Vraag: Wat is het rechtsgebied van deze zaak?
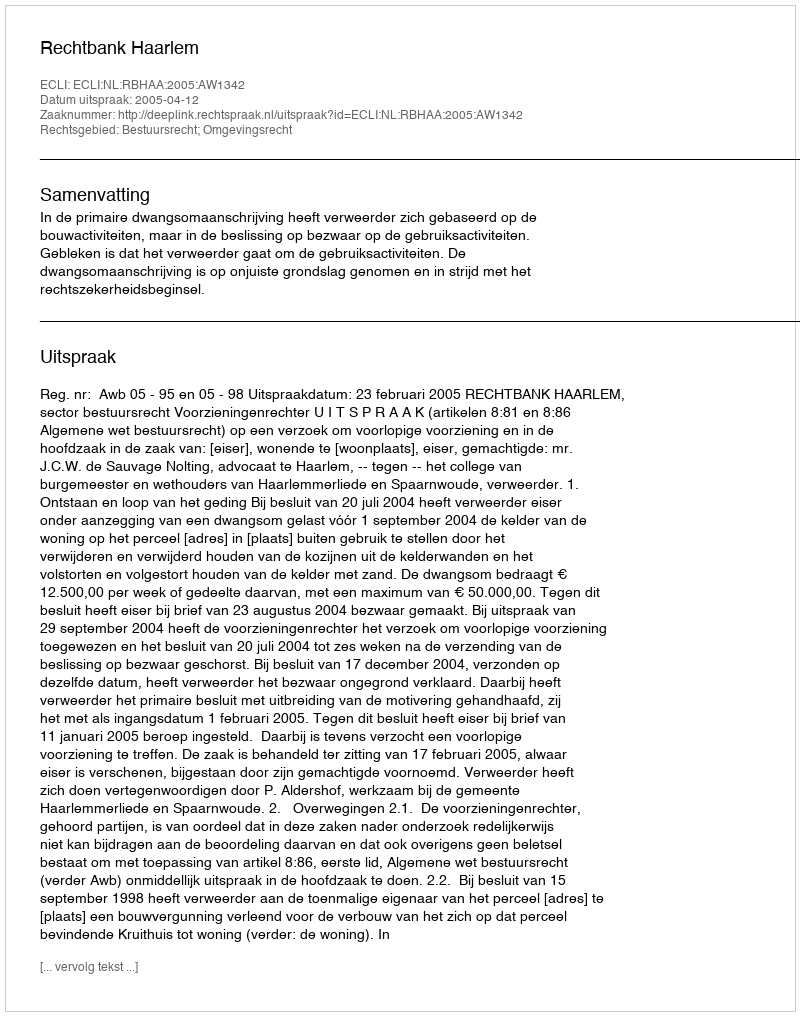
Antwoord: Bestuursrecht; Omgevingsrecht